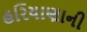
હરિયાણાની